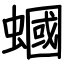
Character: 蟈